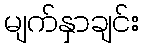
မျက်နှာချင်း